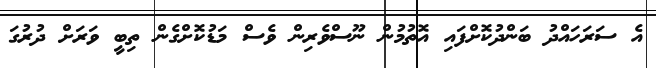
އެ ސަރަހައްދު ބަންދުކޮށްފައި އޮތުމުން ނޫސްވެރިން ވެސް މަޑުކޮށްގެން ތިބީ ވަރަށް ދުރުގަ